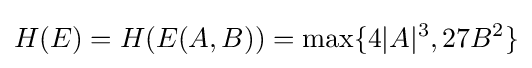
H(E)=H(E(A,B))=\max\{4|A|^{3},27B^{2}\}